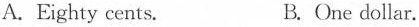
A.Eighty cents. B.One dollar.